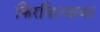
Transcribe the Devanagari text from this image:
फिरविल्यावर